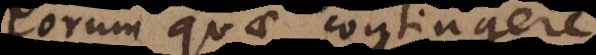
eorum quae contingere